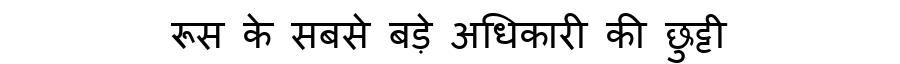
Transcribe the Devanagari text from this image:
रूस के सबसे बड़े अधिकारी की छुट्टी